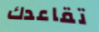
تقاعدك